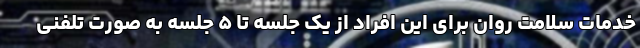
خدمات سلامت روان برای این افراد از یک جلسه تا ۵ جلسه به صورت تلفنی